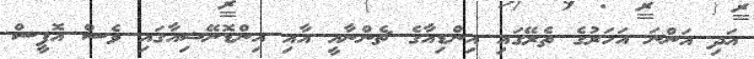
އަދި އަންނަ އަހަރުގެ ތެރޭގައި އިންޑިއާގެ ޗެންނާއީ އާއި އިންޑޮނޭޝިއާގައި ވެސް އޮފީސް